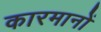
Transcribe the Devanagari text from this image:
कारमानों